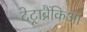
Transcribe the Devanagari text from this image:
टेट्राब्रैंकिआ